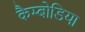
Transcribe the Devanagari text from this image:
कैम्बोडिया